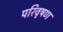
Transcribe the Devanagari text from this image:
परिवृषण